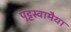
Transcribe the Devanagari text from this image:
पुट्टस्वामैया